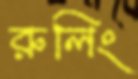
রুলিং